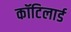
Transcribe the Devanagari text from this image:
कॉटिलार्ड